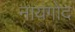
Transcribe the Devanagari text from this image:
नायगोद